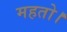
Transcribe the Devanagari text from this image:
महतो।